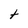
Character: t